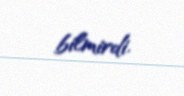
bilmirdi.